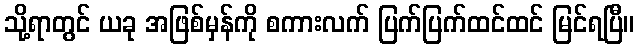
သို့ရာတွင် ယခု အဖြစ်မှန်ကို စကားလက် ပြက်ပြက်ထင်ထင် မြင်ရပြီ။